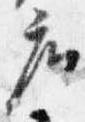
座